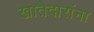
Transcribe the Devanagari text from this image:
खातेदारांना